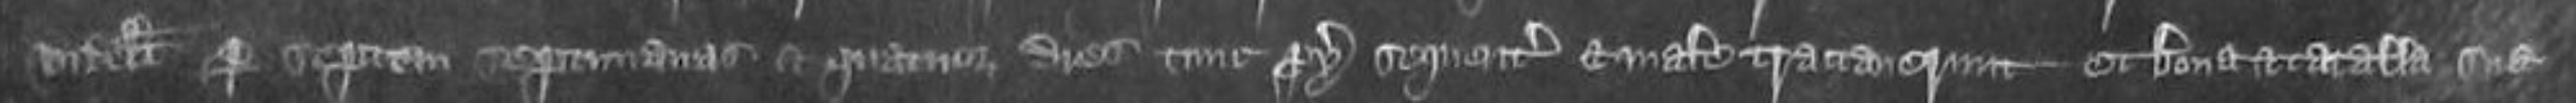
videlicet per septem septimanas et quatuor dies tunc proximo sequenter et maletractaverunt et bona et catalla sua